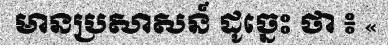
មានប្រសាសន៍ ដូច្នេះ ថា ៖ «